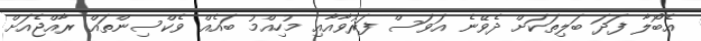
އެބޯލާ ފަދަ ބަލިތަކަށް ދެވޭނެ އަވަސް ފަރުވާއާއި މުހިއްމު ބައެއް ވެކްސިންތައް ރާއްޖެއަށް